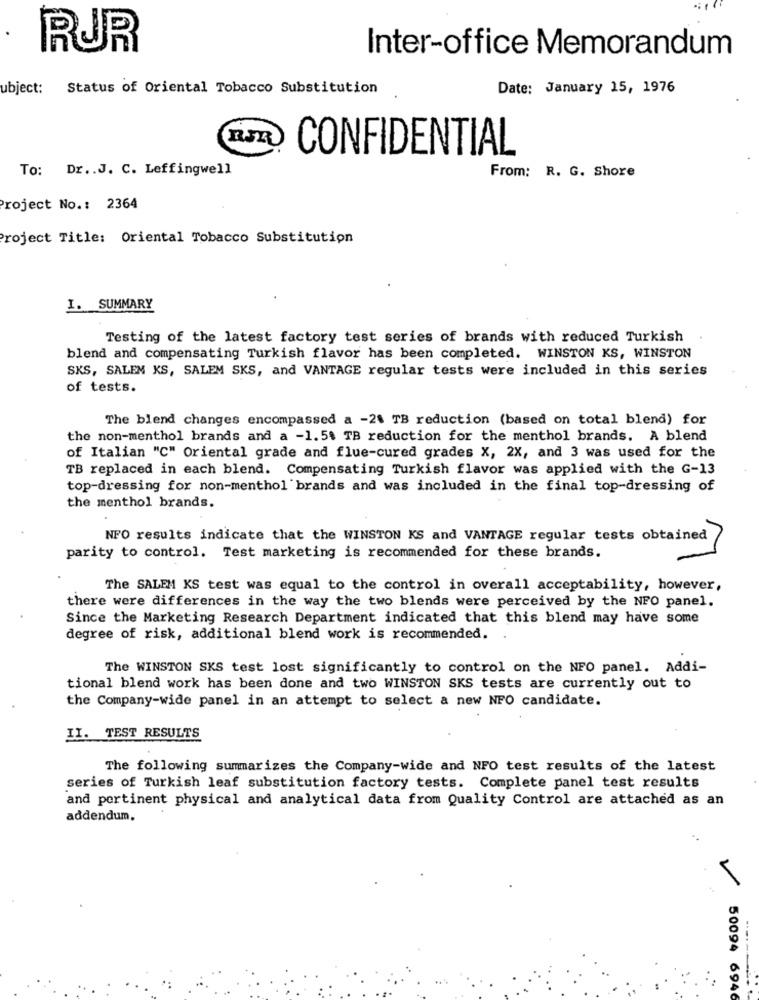
RUR
Inter-office Memorandum
ubject: Status of Oriental Tobacco Substitution
Date: January 15, 1976
CONFIDENTIAL
To: Dr .. J. C. Leffingwell
From: R. G. Shore
Project No .: 2364
Project Title: Oriental Tobacco Substitution
I. SUMMARY
Testing of the latest factory test series of brands with reduced Turkish
blend and compensating Turkish flavor has been completed. WINSTON KS, WINSTON
SKS, SALEM KS, SALEM SKS, and VANTAGE regular tests were included in this series
of tests.
The blend changes encompassed a -21 TB reduction (based on total blend) for
the non-menthol brands and a -1.54 TB reduction for the menthol brands. A blend
of Italian "C" Oriental grade and flue-cured grades X, 2X, and 3 was used for the
TB replaced in each blend. Compensating Turkish flavor was applied with the G-13
top-dressing for non-menthol brands and was included in the final top-dressing of
the menthol brands.
NFO results indicate that the WINSTON KS and VANTAGE regular tests obtained
parity to control. Test marketing is recommended for these brands.
The SALEM KS test was equal to the control in overall acceptability, however,
there were differences in the way the two blends were perceived by the NFO panel.
Since the Marketing Research Department indicated that this blend may have some
degree of risk, additional blend work is recommended.
The WINSTON SKS test lost significantly to control on the NFO panel. Addi-
tional blend work has been done and two WINSTON SKS tests are currently out to
the Company-wide panel in an attempt to select a new NFO candidate.
II. TEST RESULTS
The following summarizes the Company-wide and NFO test results of the latest
series of Turkish leaf substitution factory tests. Complete panel test results
and pertinent physical and analytical data from Quality Control are attached as an
addendum.
V
50094 6946